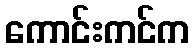
ကောင်းကင်က